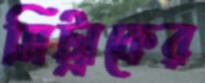
সিট্রাকের